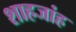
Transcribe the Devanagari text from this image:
शाहजांह